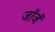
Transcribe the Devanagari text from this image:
जॉजॅ